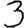
Digit: 3